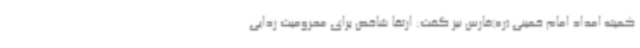
کمیته امداد امام خمینی (ره)فارس نیز گفت: ارتقا شاخص برای محرومیت زدایی